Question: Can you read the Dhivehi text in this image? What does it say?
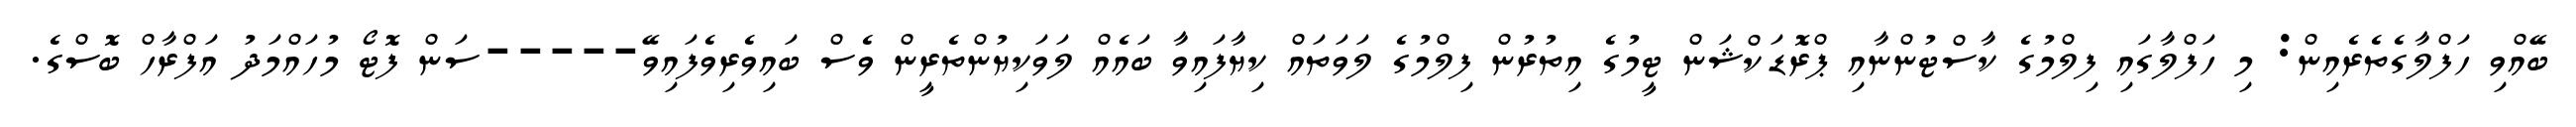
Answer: ބޭއްވި ހަފްލާގެތެރެއިން: މި ހަފްލާގައި ފިލްމުގެ ކާސްޓުންނާއި ޕްރޮޑަކްޝަން ޓީމުގެ އިތުރުން ފިލްމުގެ ލަވަތައް ކިޔާފައިވާ ބައެއް ލަވަކިޔުންތެރީން ވެސް ބައިވެރިވެފައިވޭ-----ސަން ފޮޓޯ މުހައްމަދު އަފްރާހް ބޮސްގެ.